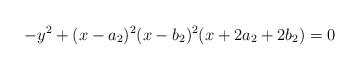
LaTeX: \begin{align*}- y^2 + (x-a_2)^2 (x-b_2)^2 (x+2a_2+2b_2) = 0\end{align*}